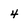
Character: 4